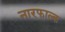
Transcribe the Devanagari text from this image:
नारफाल्क